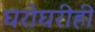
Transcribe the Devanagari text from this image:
घरोघरीही